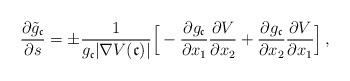
LaTeX: \begin{align*} \frac{\partial \tilde g_{\mathfrak c}}{\partial s}=\pm\frac{1}{g_{\mathfrak c}|\nabla V(\mathfrak c)|}\Big[-\frac{\partial g_{\mathfrak c}}{\partial x_1}\frac{\partial V}{\partial x_2}+\frac{\partial g_{\mathfrak c}}{\partial x_2}\frac{\partial V}{\partial x_1}\Big] \,, \end{align*}